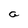
Character: a